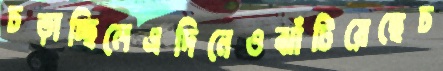
চড়াচ্ছিলেএদিনেওঝাঁটিয়েছেচ